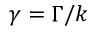
\gamma = \Gamma / k